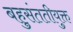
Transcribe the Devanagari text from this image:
बहुसंततीयुक्त